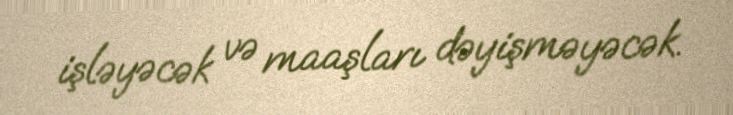
işləyəcək və maaşları dəyişməyəcək.